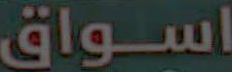
اسواق